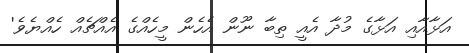
އަޅާއާއި އަޅާގެ މުދާ އެއީ ތިބާ ނޫން އެހެން މީހެއްގެ އެއްޗެއް ހެއްޔެވެ'